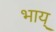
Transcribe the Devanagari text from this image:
भाय्